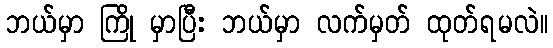
ဘယ်မှာ ကြို မှာပြီး ဘယ်မှာ လက်မှတ် ထုတ်ရမလဲ။